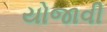
યોજાવી